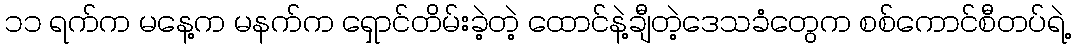
၁၁ ရက်က မနေ့က မနက်က ရှောင်တိမ်းခဲ့တဲ့ ထောင်နဲ့ချီတဲ့ဒေသခံတွေက စစ်ကောင်စီတပ်ရဲ့